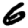
Digit: 6